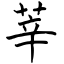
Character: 莘